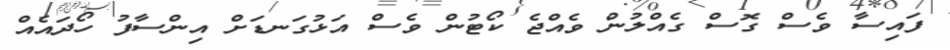
ފައިސާ ވެސް ގޮސް ގެއްލުން ވެއްޖެ ކޯޓުން ވެސް އަޅުގަނޑަށް އިންސާފު ހޯދައެއް